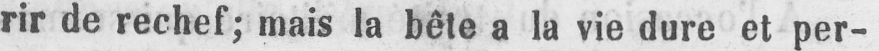
rir de rechef; mais la bête a la vie dure et per-